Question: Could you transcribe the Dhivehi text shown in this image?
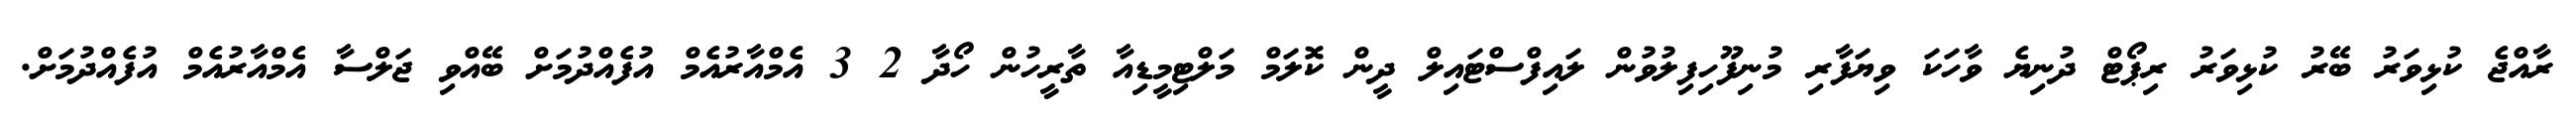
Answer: ރާއްޖެ ކުޅިވަރު ބޭރު ކުޅިވަރު ރިޕޯޓް ދުނިޔެ ވާހަކަ ވިޔަފާރި މުނިފޫހިފިލުވުން ލައިފްސްޓައިލް ދީން ކޮލަމް މަލްޓިމީޑިއާ ތާރީހުން ހޯދާ 2 3 އެމްއާރުއެމް އުފެއްދުމަށް ބޭއްވި ޖަލްސާ އެމްއާރުއެމް އުފެއްދުމަށް.